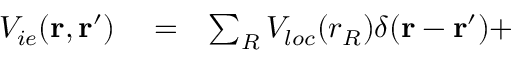
\begin{array} { r l r } { V _ { i e } ( { \bf r } , { \bf r ^ { \prime } } ) } & { { } = } & { \sum _ { R } V _ { l o c } ( r _ { R } ) \delta ( { \bf r } - { \bf r ^ { \prime } } ) + } \end{array}